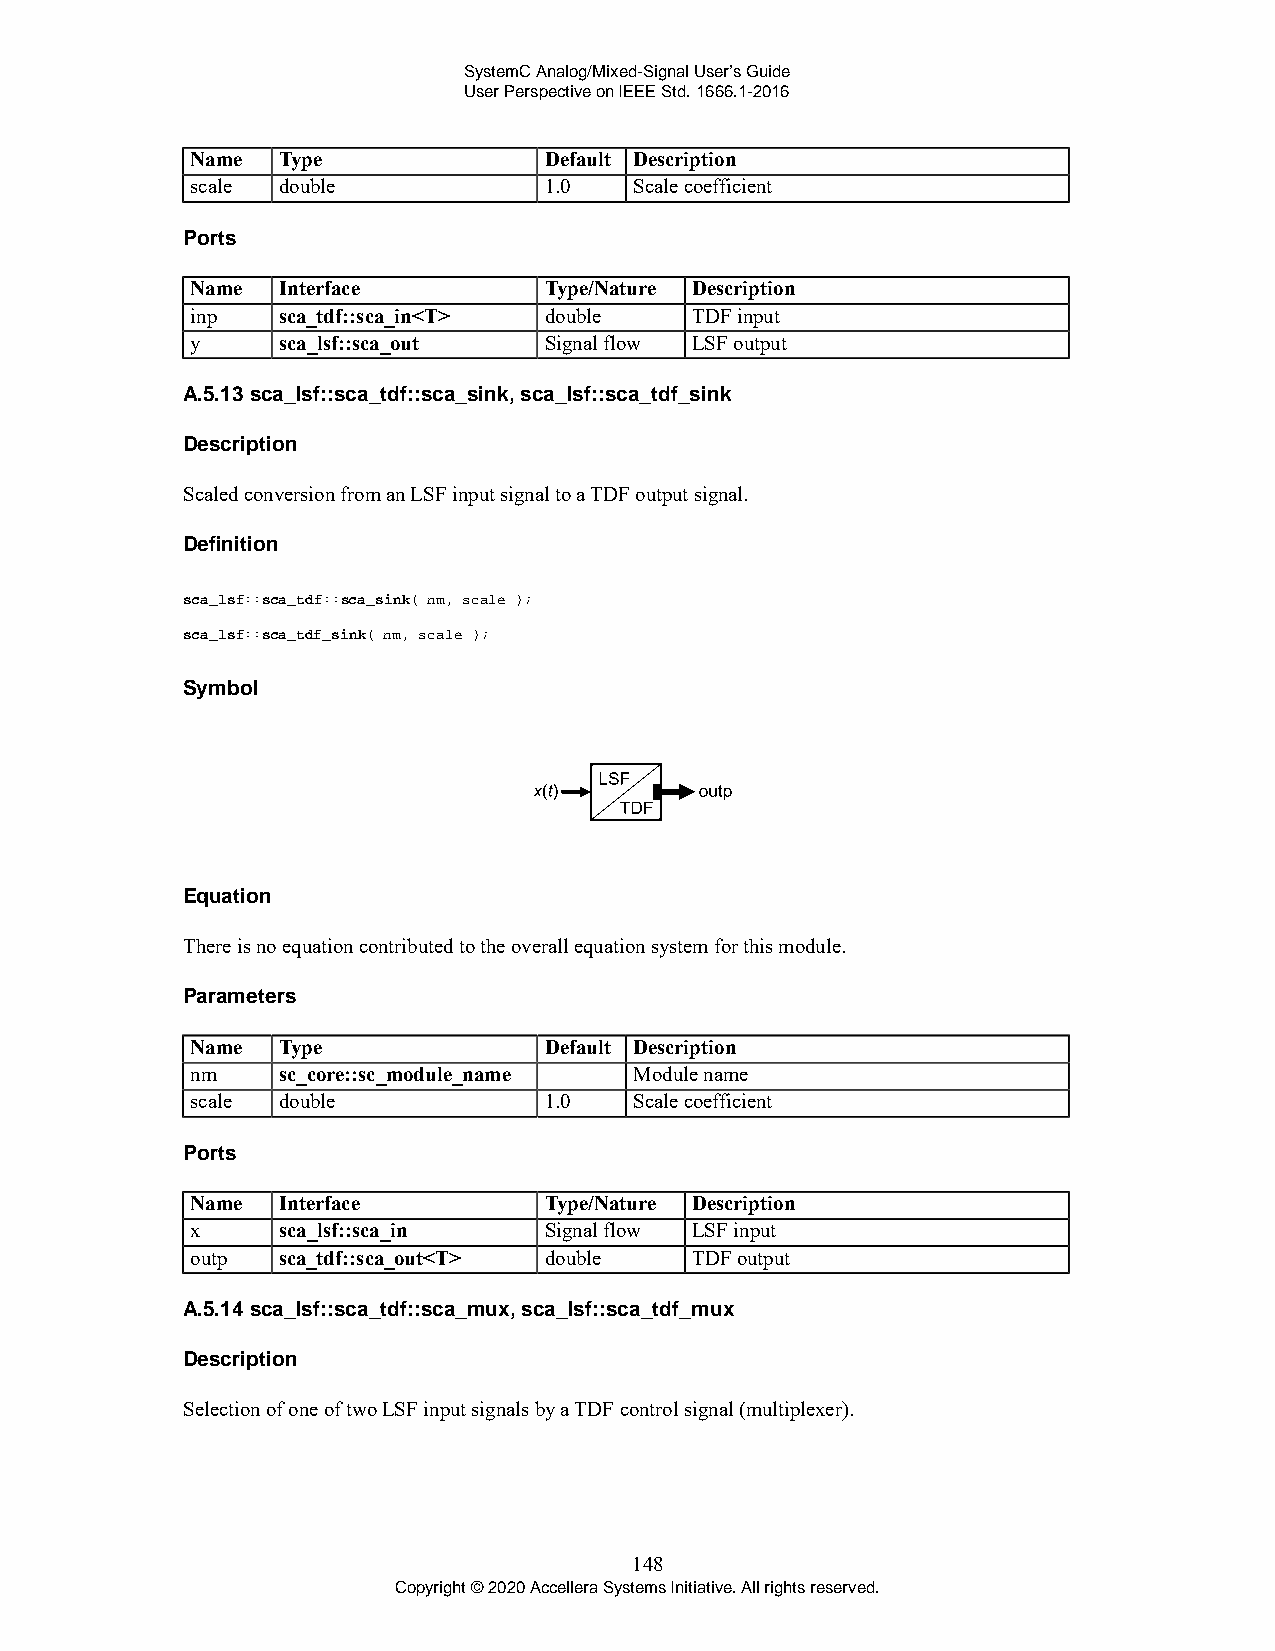
SystemC Analog/Mixed-Signal User’s Guide
 User Perspective on IEEE Std. 1666.1-2016
 Name Type              Default Description
 scale double           1.0   Scale coefficient
 Ports
 Name Interface         Type/Nature Description
 inp  sca_tdf::sca_in<T> double   TDF input
 y    sca_lsf::sca_out  Signal flow LSF output
 A.5.13 sca_lsf::sca_tdf::sca_sink, sca_lsf::sca_tdf_sink
 Description
 Scaled conversion from an LSF input signal to a TDF output signal.
 Definition
 sca_lsf::sca_tdf::sca_sink( nm, scale );
 sca_lsf::sca_tdf_sink( nm, scale );
 Symbol
 Equation
 There is no equation contributed to the overall equation system for this module.
 Parameters
 Name Type              Default Description
 nm   sc_core::sc_module_name Module name
 scale double           1.0   Scale coefficient
 Ports
 Name Interface         Type/Nature Description
 x    sca_lsf::sca_in   Signal flow LSF input
 outp sca_tdf::sca_out<T> double  TDF output
 A.5.14 sca_lsf::sca_tdf::sca_mux, sca_lsf::sca_tdf_mux
 Description
 Selection of one of two LSF input signals by a TDF control signal (multiplexer).
 148
 Copyright © 2020 Accellera Systems Initiative. All rights reserved.